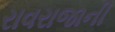
રાવરાજાની